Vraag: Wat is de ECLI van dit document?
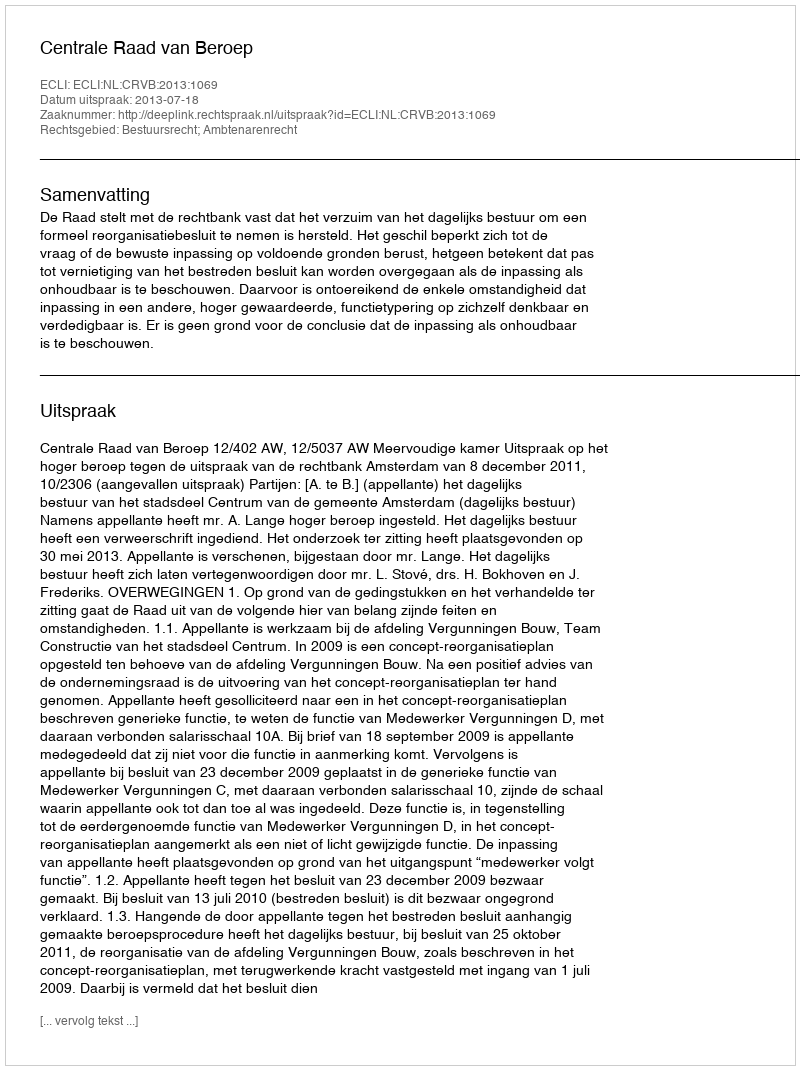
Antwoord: ECLI:NL:CRVB:2013:1069